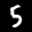
Label: 5